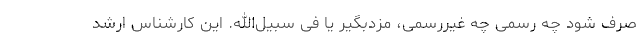
صرف شود چه رسمی چه غیررسمی، مزدبگیر یا فی سبیل‌الله. این کارشناس ارشد